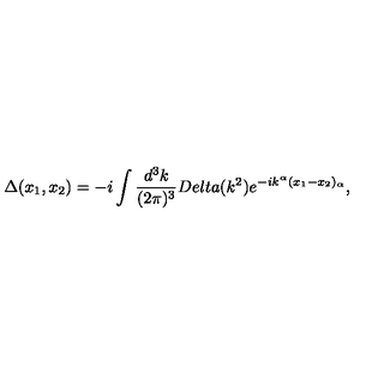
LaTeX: \Delta ( x _ { 1 } , x _ { 2 } ) = - i \int \frac { d ^ { 3 } k } { ( 2 \pi ) ^ { 3 } } D e l t a ( k ^ { 2 } ) e ^ { - i k ^ { \alpha } ( x _ { 1 } - x _ { 2 } ) _ { \alpha } } ,